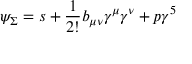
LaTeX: \psi _ { \Sigma } = s + \frac { 1 } { 2 ! } b _ { \mu \nu } \gamma ^ { \mu } \gamma ^ { \nu } + p \gamma ^ { 5 }